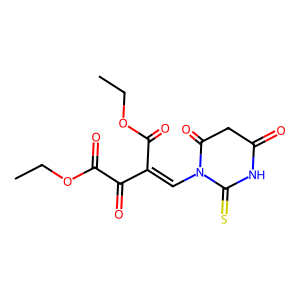
SMILES: CCOC(=O)C(=O)C(=CN1C(=O)CC(=O)NC1=S)C(=O)OCC
Inhibits HIV replication: No